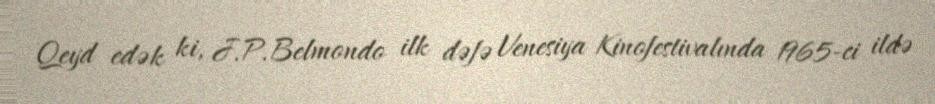
Qeyd edək ki, J.P.Belmondo ilk dəfə Venesiya Kinofestivalında 1965-ci ildə